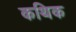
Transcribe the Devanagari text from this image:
कथिक